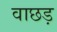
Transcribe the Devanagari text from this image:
वाछड़